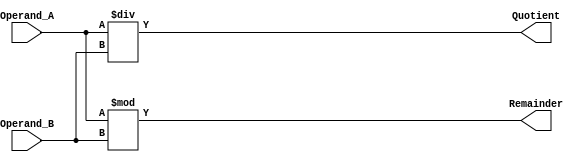
module Divider (
   input wire [31:0] Operand_A,
   input wire [31:0] Operand_B,
   output wire [31:0] Quotient,
   output wire [31:0] Remainder
);

assign Quotient = Operand_A / Operand_B;
assign Remainder = Operand_A % Operand_B;

endmodule